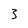
Character: 3